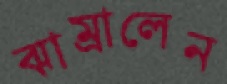
ঝাম্‌রালেন